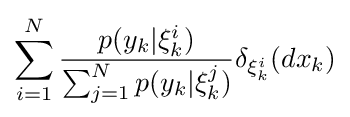
\sum _{i=1}^{N}{\frac {p(y_{k}|\xi _{k}^{i})}{\sum _{j=1}^{N}p(y_{k}|\xi _{k}^{j})}}\delta _{\xi _{k}^{i}}(dx_{k})